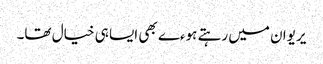
یریوان میں رہتے ہوءے بھی ایسا ہی خیال تھا۔